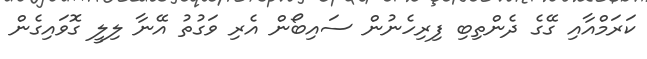
ކަރަމްއާއި ގޭގެ ދެންތިބި ފިރިހެނުން ސައިބޯން އެރި ވަގުތު އޭނާ ލިލީ ގޮވައިގެން